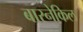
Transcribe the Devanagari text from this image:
बारनेकिल